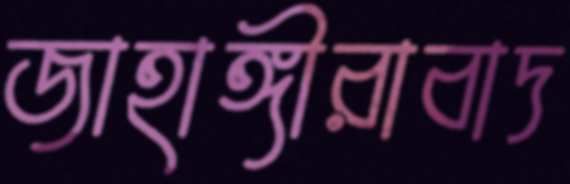
জাহাঙ্গীরাবাদ